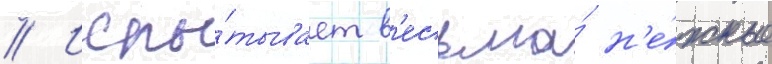
// Испы́тывает в'есьма́ н'е́жные